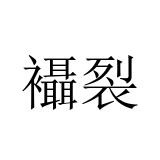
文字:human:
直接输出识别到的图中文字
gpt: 襵裂